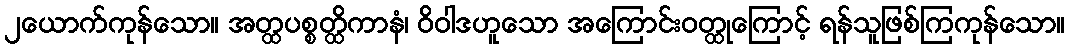
၂ယောက်ကုန်သော။ အတ္ထပစ္စတ္ထိကာနံ၊ ဝိဝါဒဟူသော အကြောင်းဝတ္ထုကြောင့် ရန်သူဖြစ်ကြကုန်သော။